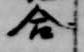
合